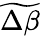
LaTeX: \widetilde{\Delta\beta}